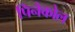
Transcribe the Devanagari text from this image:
पिनैकोल